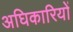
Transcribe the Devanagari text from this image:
अघिकारियों